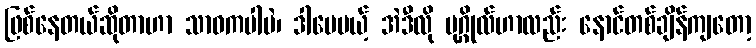
ဖြစ်နေတယ်ဆိုတာဟာ သာဓကပါပဲ၊ ဒါပေမယ့် အဲဒီလို ပုဂ္ဂိုလ်ဟာလည်း နောင်တစ်ချိန်ကျတော့